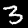
Label: 3